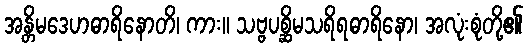
အန္တိမဒေဟဓာရိနောတိ၊ ကား။ သဗ္ဗပစ္ဆိမသရိရဓာရိနော၊ အလုံးစုံတို့၏